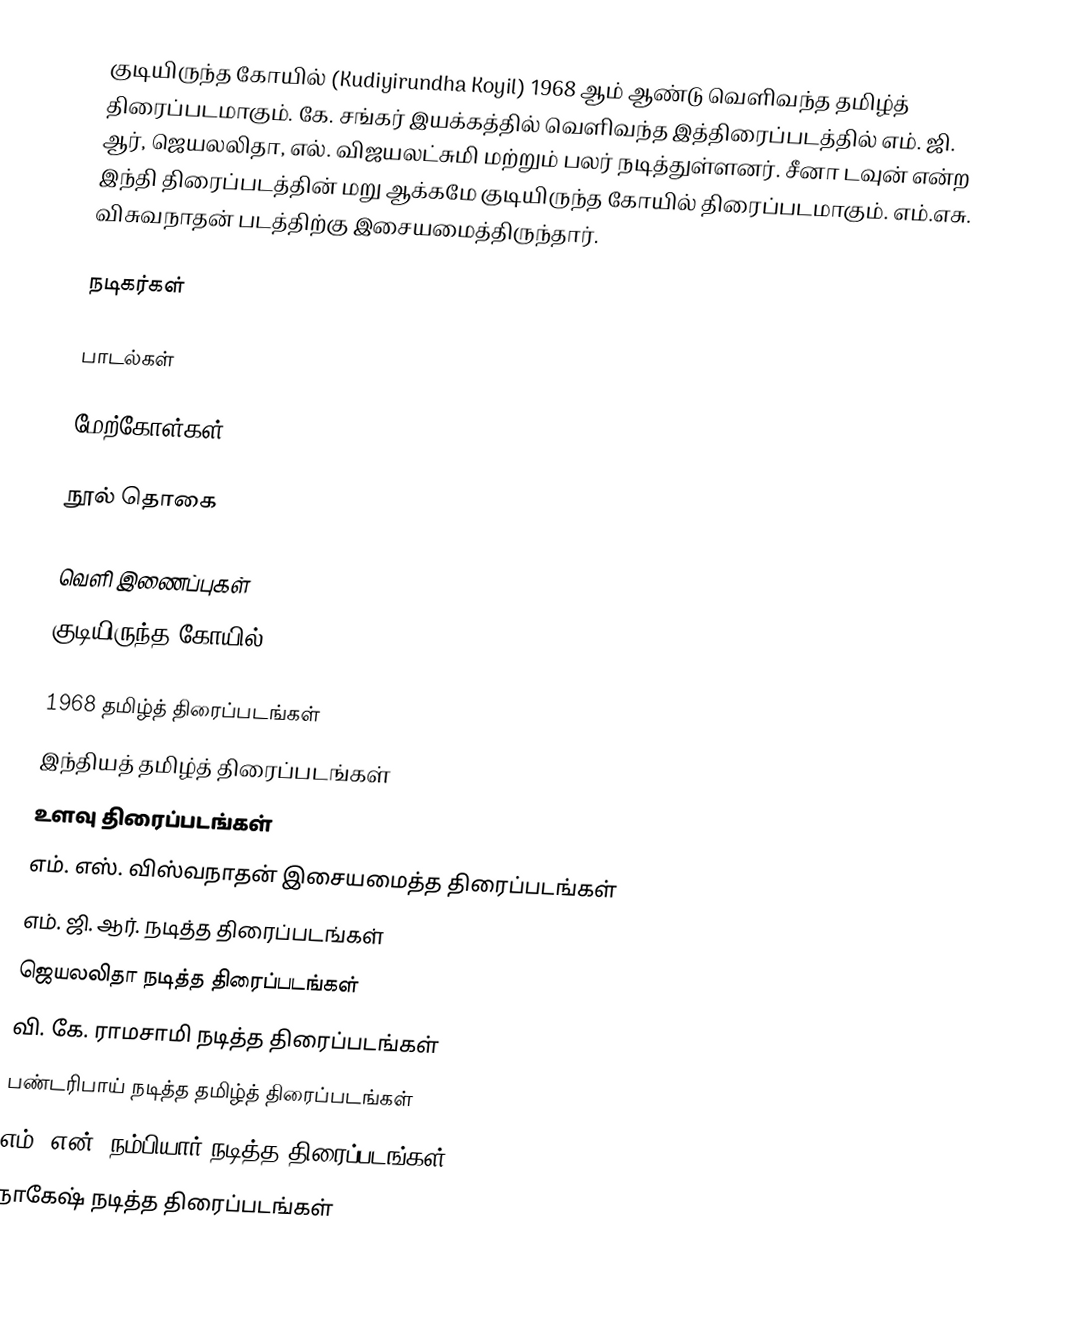
குடியிருந்த கோயில் (Kudiyirundha Koyil) 1968 ஆம் ஆண்டு வெளிவந்த தமிழ்த் திரைப்படமாகும். கே. சங்கர் இயக்கத்தில் வெளிவந்த இத்திரைப்படத்தில் எம். ஜி. ஆர், ஜெயலலிதா, எல். விஜயலட்சுமி மற்றும் பலர் நடித்துள்ளனர். சீனா டவுன் என்ற இந்தி திரைப்படத்தின் மறு ஆக்கமே குடியிருந்த கோயில் திரைப்படமாகும். எம்.எசு. விசுவநாதன் படத்திற்கு இசையமைத்திருந்தார்.

நடிகர்கள்

பாடல்கள்

மேற்கோள்கள்

நூல் தொகை

வெளி இணைப்புகள்
 குடியிருந்த கோயில்

1968 தமிழ்த் திரைப்படங்கள்
இந்தியத் தமிழ்த் திரைப்படங்கள்
உளவு திரைப்படங்கள்
எம். எஸ். விஸ்வநாதன் இசையமைத்த திரைப்படங்கள்
எம். ஜி. ஆர். நடித்த திரைப்படங்கள்
ஜெயலலிதா நடித்த திரைப்படங்கள்
வி. கே. ராமசாமி நடித்த திரைப்படங்கள்
பண்டரிபாய் நடித்த தமிழ்த் திரைப்படங்கள்
எம். என். நம்பியார் நடித்த திரைப்படங்கள்
நாகேஷ் நடித்த திரைப்படங்கள்